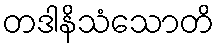
တဒါနိသံသောတိ